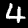
Label: 4